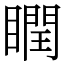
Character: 瞤